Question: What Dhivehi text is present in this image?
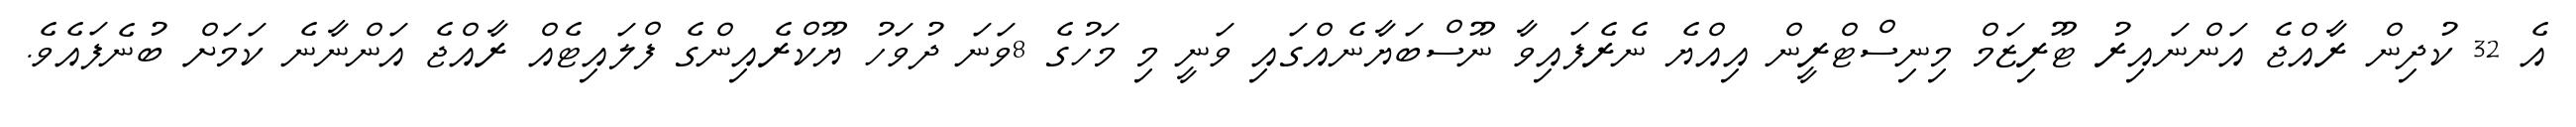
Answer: އެ 32 ކުދިން ރާއްޖެ އަންނައިރު ޓޫރިޒަމް މިނިސްޓްރީން އިއްޔެ ނެރެފައިވާ ނޫސްބަޔާނެއްގައި ވަނީ މި މަހުގެ 8ވަނަ ދުވަހު ޔޫކްރެއިންގެ ފްލައިޓެއް ރާއްޖެ އަންނާނެ ކަމަށް ބުނެފައެވެ.